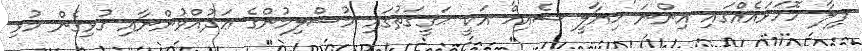
ފިލާ ހޮހަޅައެއްގައި އިންނަ 'ޚިޔާލީ-ޝެއިޚް' އަކީ ޙަޤީޤަތުގައި މުސްލިމުންގެ ޢަދުއްވުންނާއި ގުޅިގެން މުޅި